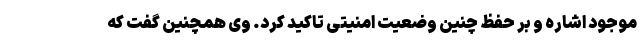
موجود اشاره و بر حفظ چنین وضعیت امنیتی تاکید کرد. وی همچنین گفت که